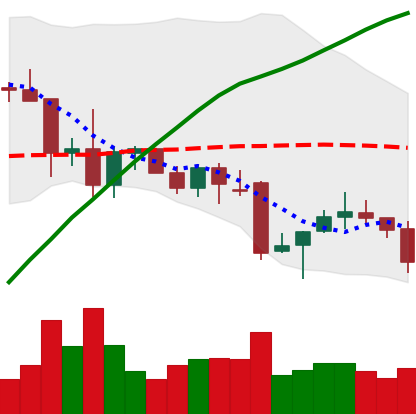
Ticker: XRP-USD
Chart end date: 2021-12-03
Forward return: -6.391%
Label: down_5_7